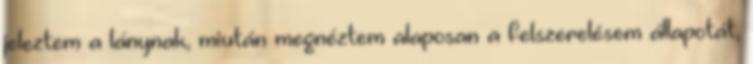
jeleztem a lánynak, miután megnéztem alaposan a felszerelésem állapotát,